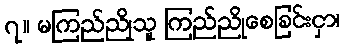
၇။ မကြည်ညိုသူ ကြည်ညိုစေခြင်းငှာ၊